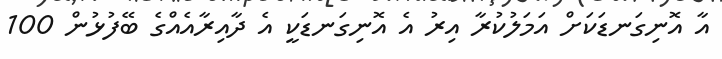
އާ އޮނިގަނޑަކަށް އަމަލުކުރާ އިރު އެ އޮނިގަނޑަކީ އެ ދާއިރާއެއްގެ ބޭފުޅުން 100